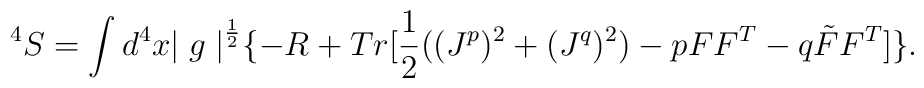
^4S = \int d^4x {\mid g \mid}^{\frac {1}{2}} \{ - R +Tr [ \frac {1}{2}((J^p)^2 + (J^q)^2) - pFF^T - q\tilde FF^T]\}.